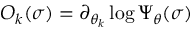
O _ { k } ( \sigma ) = \partial _ { \theta _ { k } } \log \Psi _ { \theta } ( \sigma )